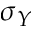
\sigma _ { Y }